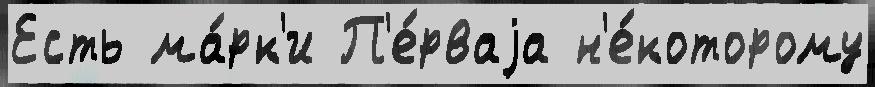
Есть ма́рк'и П'е́рваjа н'е́которому